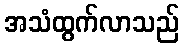
အသံထွက်လာသည်